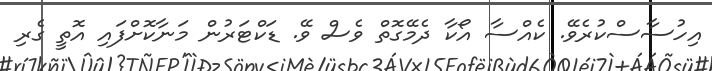
އިހުސާސްކުރެވޭ. ކެއްސާ އޯކާ ދެމޭގޮތް ވެސް ވޭ. ޑަކްޓަރުން މަނާކޮށްފައި އޮތީ ގެރި